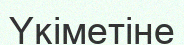
Үкіметіне